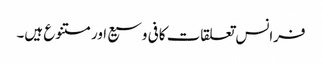
فرانس تعلقات کافی وسیع اور متنوع ہیں۔